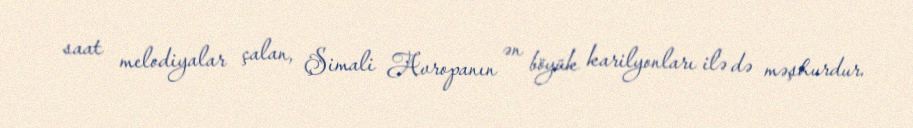
saat melodiyalar çalan, Şimali Avropanın ən böyük karilyonları ilə də məşhurdur.